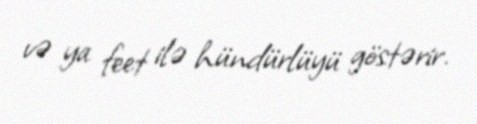
və ya feet ilə hündürlüyü göstərir.